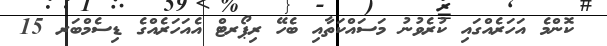
ކޮންމެ އަހަރެއްގައި ކުރެވުނު މަސައްކަތާއި ބެހޭ ރިޕޯރޓް އެއަހަރެއްގެ ޑިސެމްބަރ 15